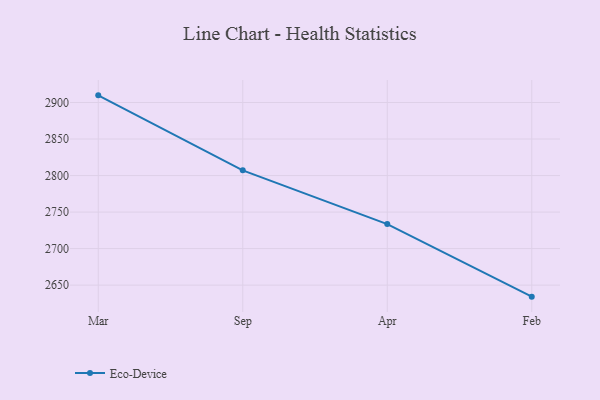
{"axis": {"x": "Month", "y": "Inventory Turnover"}, "legend": ["Eco-Device"], "data": [{"x": "Mar", "y": 2909.8, "type": "Eco-Device"}, {"x": "Sep", "y": 2807.1, "type": "Eco-Device"}, {"x": "Apr", "y": 2733.5, "type": "Eco-Device"}, {"x": "Feb", "y": 2634.2, "type": "Eco-Device"}]}